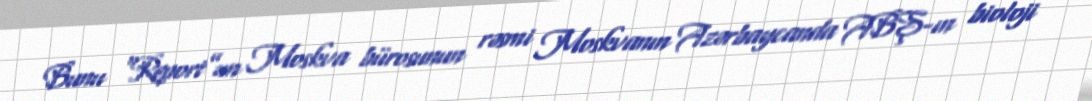
Bunu “Report”un Moskva bürosunun rəsmi Moskvanın Azərbaycanda ABŞ-ın bioloji